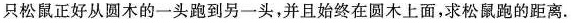
只松鼠正好从圆木的一头跑到另一头，并且始终在圆木上面，求松鼠跑的距离。